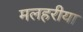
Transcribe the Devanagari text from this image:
मलहरीया